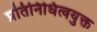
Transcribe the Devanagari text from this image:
प्रतिनिधित्वयुक्त